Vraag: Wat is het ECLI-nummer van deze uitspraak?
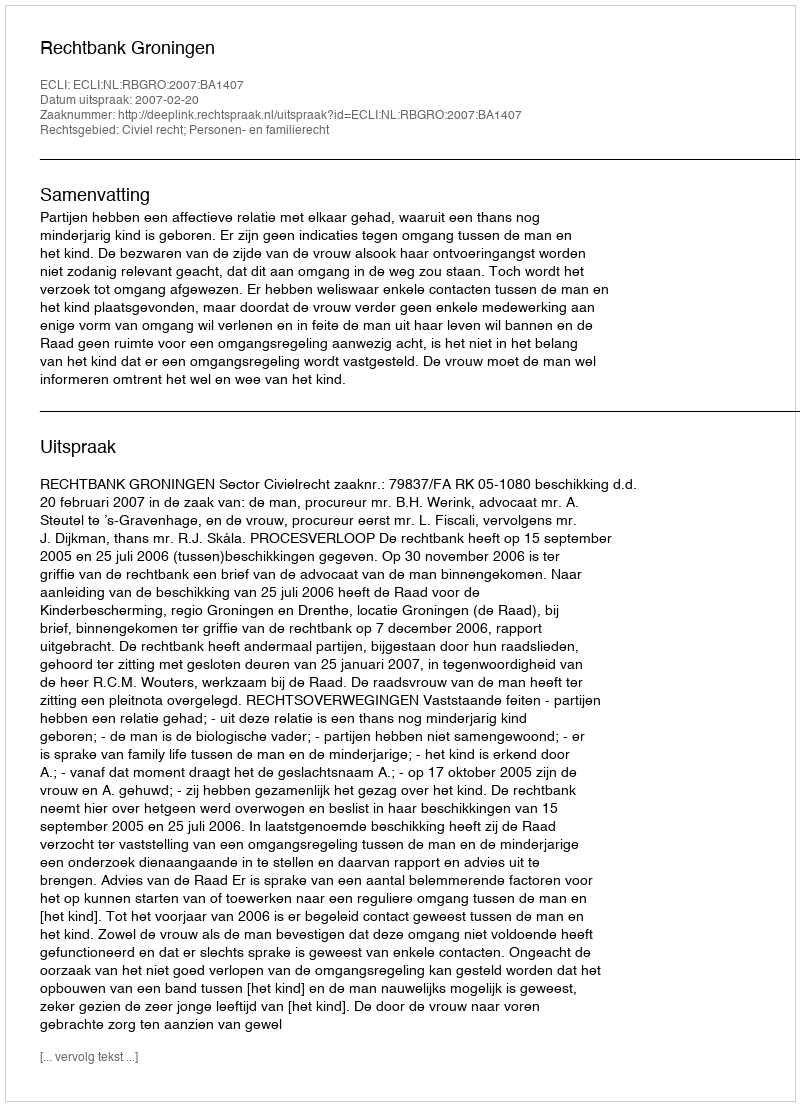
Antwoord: ECLI:NL:RBGRO:2007:BA1407